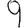
Digit: 9